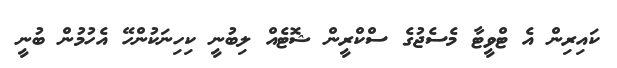
ކައިރިން އެ ޓްވީޓާ މެސެޖުގެ ސްކްރީން ޝޮޓެއް ލިބުނީ ކިހިނަކުންހޭ އެހުމުން ބުނީ